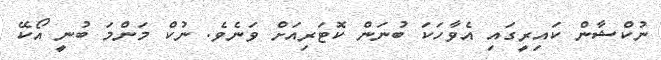
ނުކްޝާން ކައިރީގައި އެވާހަކަ ބުނަން ކޮޓަރިއަށް ވަނެވެ. ނުކް މަންމަ ބުނީ އޯކޭ